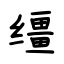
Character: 缰